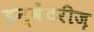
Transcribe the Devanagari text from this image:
इन्वेंटरीज़